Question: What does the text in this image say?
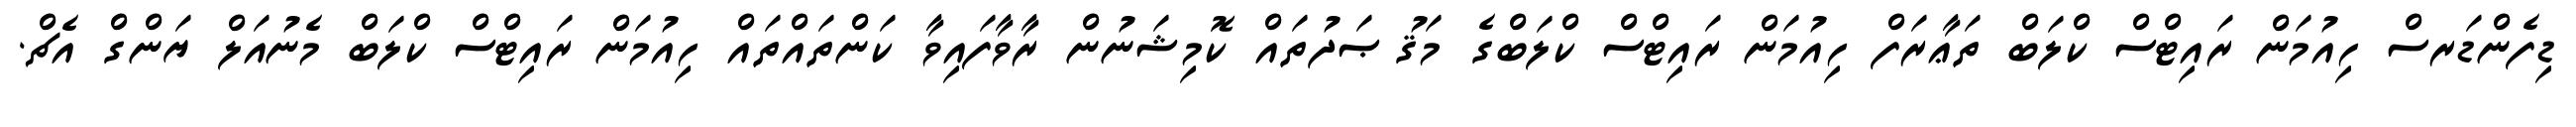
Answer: ޑިފެންޑަރސް ހިއުމަން ރައިޓްސް ކްލަބް ތަޢާރަފް ހިއުމަން ރައިޓްސް ކްލަބްގެ މަޤުޞަދުތައް ކޮމިޝަނުން ރާވާފައިވާ ކަންތައްތައް ހިއުމަން ރައިޓްސް ކްލަބް މެނުއަލް ޔަންގް އެޗް.